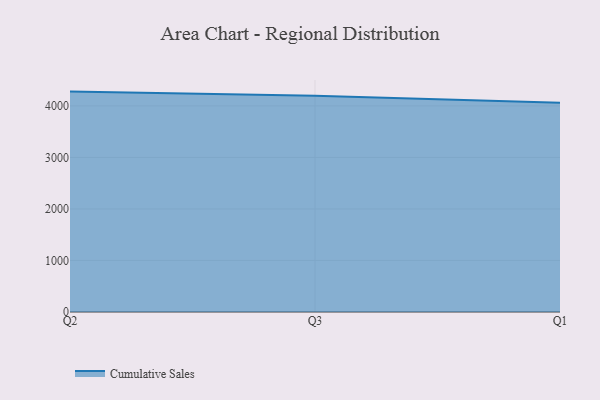
{"axis": {"x": "Quarter", "y": "Operating Costs (USD K)"}, "legend": ["Cumulative Sales"], "data": [{"x": "Q2", "y": 4277.9, "type": "Cumulative Sales"}, {"x": "Q3", "y": 4196.8, "type": "Cumulative Sales"}, {"x": "Q1", "y": 4062.4, "type": "Cumulative Sales"}]}